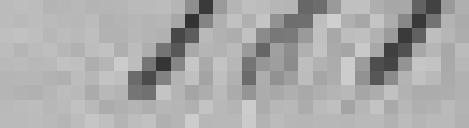
181